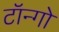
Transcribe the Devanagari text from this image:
टॉन्गो